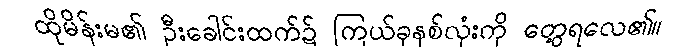
ထိုမိန်းမ၏ ဦးခေါင်းထက်၌ ကြယ်ခုနစ်လုံးကို တွေ့ရလေ၏။